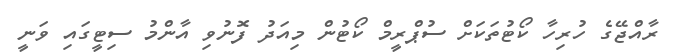
ރާއްޖޭގެ ހުރިހާ ކޯޓުތަކަށް ސުޕްރީމް ކޯޓުން މިއަދު ފޮނުވި އާންމު ސިޓީގައި ވަނީ